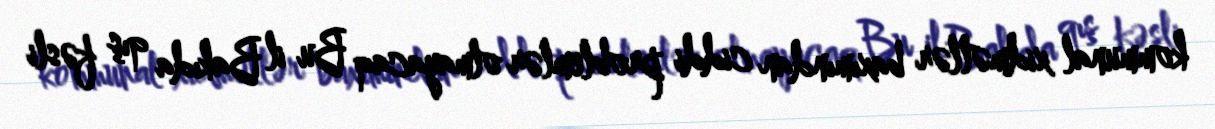
kommunal xidmətlər baxımından ciddi problemlər olmayacaq Bu il Bakıda qış fəsli